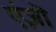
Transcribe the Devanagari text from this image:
एंज़ॊ